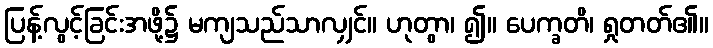
ပြန့်လွင့်ခြင်းအဖို့၌ မကျသည်သာလျှင်။ ဟုတွာ၊ ၍။ ပေက္ခတိ၊ ရှုတတ်၏။